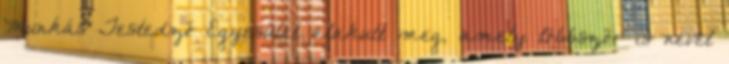
Munkás Testedző Egyesület alakult meg, amely többször is nevet